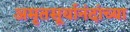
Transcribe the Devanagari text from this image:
अमृतसूर्यानंदांच्या